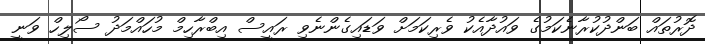
ދޮރުތައް ބަންދުކުރާނެކަމުގެ ވައުދާއެކު ވެރިކަމަށް ވަޑައިގެންނެވި ރައީސް އިބްރާހިމް މުހައްމަދު ސޯލިހް ވަނީ